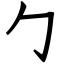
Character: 勹